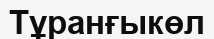
Тұранғыкөл